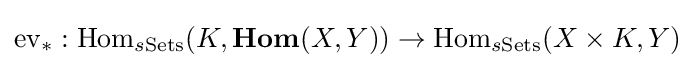
{\text{ev}}_{*}:{\text{Hom}}_{s{\text{Sets}}}(K,{\textbf {Hom}}(X,Y))\to {\text{Hom}}_{s{\text{Sets}}}(X\times K,Y)